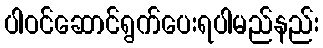
ပါဝင်ဆောင်ရွက်ပေးရပါမည်နည်း